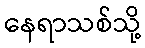
နေရာသစ်သို့